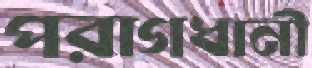
পরাগধানী